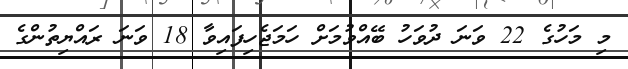
މި މަހުގެ 22 ވަނަ ދުވަހު ބޭއްވުމަށް ހަމަޖެހިފައިވާ 18 ވަނަ ރައްޔިތުންގެ